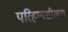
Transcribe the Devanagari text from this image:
परिहासशीलता